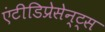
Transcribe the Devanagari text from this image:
एंटीडिप्रेसेन्ट्स